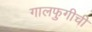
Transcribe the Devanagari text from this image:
गालफुगीची